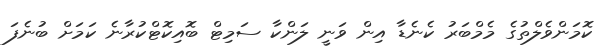
ކޮމަންވެލްތުގެ މެމްބަރު ކެނެޑާ އިން ވަނީ ލަންކާ ސަމިޓް ބޮއިކޮޓްކުރާނެ ކަމަށް ބުނެފަ